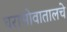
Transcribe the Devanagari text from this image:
घराभोवातालचे